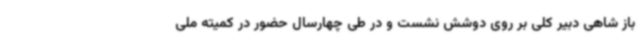
باز شاهی دبیر کلی بر روی دوشش نشست و در طی چهارسال حضور در کمیته ملی